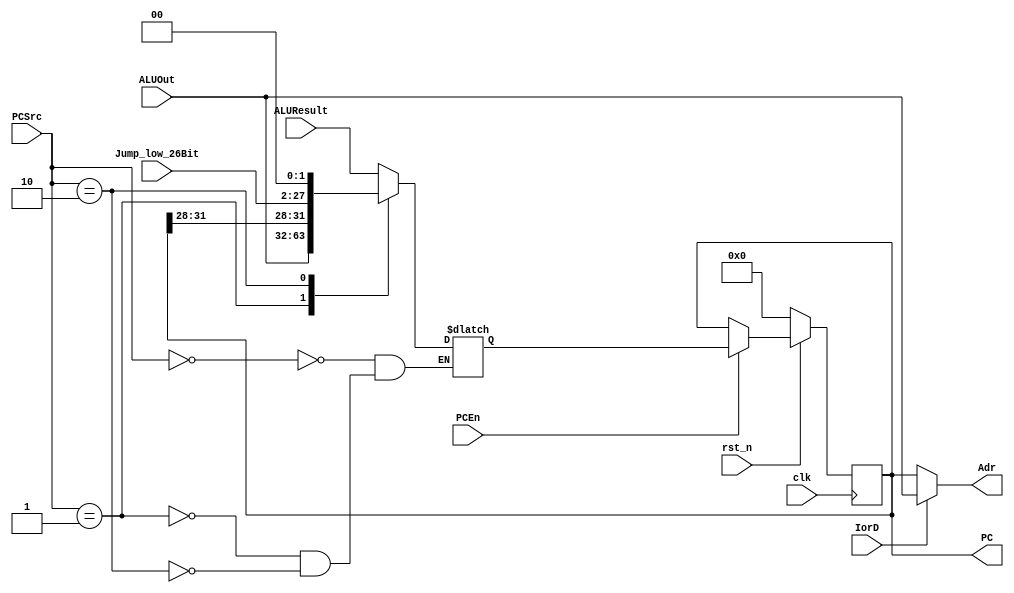
/*

	File name    : 
	LastEditors  : H
	LastEditTime : 2021-10-28 21:36:58
	Last Version : 1.0
	Description  : 
	
	----------------------------------------------------------------------------------------
	
	Author       : H
	Date         : 2021-10-28 21:36:57
	FilePath     : \MIPS_Single\PC_Counter.v
	Copyright 2021 H, All Rights Reserved. 

*/
module PC_Counter(
    // System Clock
    input                       clk,
    input                       rst_n,

    // User Interface
    input                       PCEn,
    input                       IorD,   // Instruction or Data
    input               [1:0]   PCSrc,
    input               [25:0]  Jump_low_26Bit,
    input               [31:0]  ALUOut,
    input               [31:0]  ALUResult,
    output              [31:0]  Adr,
    output  reg         [31:0]  PC
);
    reg                 [31:0]  PC_Next;

/*******************************************************************************
 *                                 Main Code
*******************************************************************************/

    assign Adr = IorD ? ALUOut : PC;
    // MIPS Multi Cycle: Use ALU to Calculate the PC + 4
    always @(*) begin
        case(PCSrc)
            2'b00: PC_Next = ALUResult;
            2'b01: PC_Next = ALUOut;
            2'b10: PC_Next = {{PC[31:28]}, {Jump_low_26Bit}, 2'b00};
        endcase
    end

    always @(posedge clk) begin
        if(~rst_n)begin
            PC <= 32'b0;
        end
        else if (PCEn) begin
            // here PC_Next need to change
            PC <= PC_Next;
        end
    end

endmodule